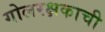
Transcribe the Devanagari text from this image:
गोलरक्षकाची